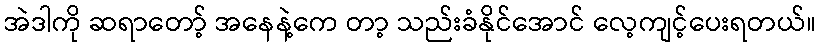
အဲဒါကို ဆရာတော့် အနေနဲ့ကေ တာ့ သည်းခံနိုင်အောင် လေ့ကျင့်ပေးရတယ်။